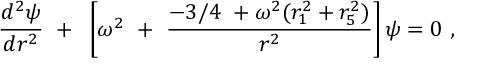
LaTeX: { \frac { d ^ { 2 } \psi } { d r ^ { 2 } } } ~ + ~ \left[ \omega ^ { 2 } ~ + ~ { \frac { - 3 / 4 ~ + \omega ^ { 2 } ( r _ { 1 } ^ { 2 } + r _ { 5 } ^ { 2 } ) } { r ^ { 2 } } } \right] \psi = 0 ~ ,